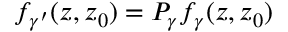
f _ { \gamma ^ { \prime } } ( z , z _ { 0 } ) = P _ { \gamma } f _ { \gamma } ( z , z _ { 0 } )